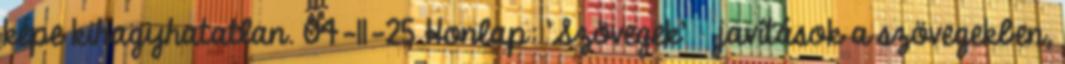
képe kihagyhatatlan. 04-11-25 Honlap: 'Szövegek' » javítások a szövegekben,